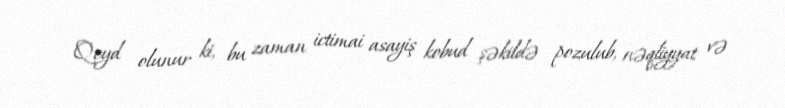
Qeyd olunur ki, bu zaman ictimai asayiş kobud şəkildə pozulub, nəqliyyat və